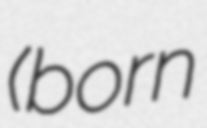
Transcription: (born